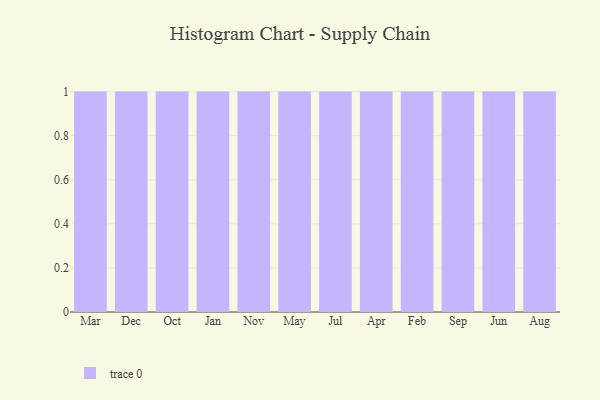
{"axis": {"x": "Month", "y": "Production Output"}, "legend": [""], "data": [{"x": "Mar", "y": 50, "type": ""}, {"x": "Dec", "y": 73, "type": ""}, {"x": "Oct", "y": 6, "type": ""}, {"x": "Jan", "y": 23, "type": ""}, {"x": "Nov", "y": 53, "type": ""}, {"x": "May", "y": 97, "type": ""}, {"x": "Jul", "y": 6, "type": ""}, {"x": "Apr", "y": 59, "type": ""}, {"x": "Feb", "y": 47, "type": ""}, {"x": "Sep", "y": 3, "type": ""}, {"x": "Jun", "y": 49, "type": ""}, {"x": "Aug", "y": 76, "type": ""}]}